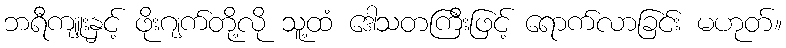
ဘရီကျူးနှင့် ဖိုးဂျက်တို့လို သူ့ထံ ဒေါသတကြီးဖြင့် ရောက်လာခြင်း မဟုတ်။